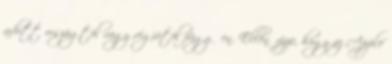
adott országtól vagy régiótól függően. Ellenőrizze, hogy az Apple